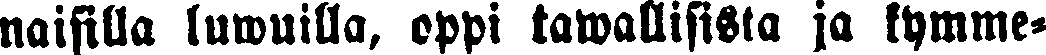
naisilla luwuilla, oppi tawallisista ja kymme-